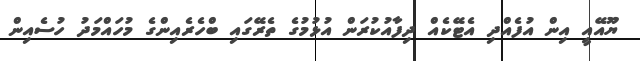
ޔޫއޭއީ އިން އުފެއްދި އެޓޭކެއް ދިފާއުކުރަން އުޅުމުގެ ތެރޭގައި ބްހެރެއިންގެ މުހައްމަދު ހުސެއިން